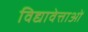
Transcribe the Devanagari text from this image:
विद्यावेत्ताओं